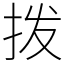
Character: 拨